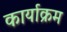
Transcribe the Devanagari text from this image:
कार्याक्रम